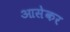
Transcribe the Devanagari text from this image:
आसेकर